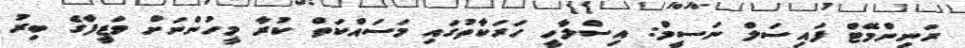
ރަނިންމޭޓް ފައިސަލް ނަސީމް: އިސްލާހީ ހަރަކާތުގައި މަސައްކަތް ކުރާ މީހުންނަށް ވަޒީފާގެ ބިރު